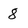
Character: 8